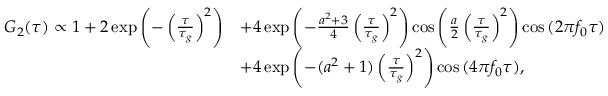
\begin{array} { r l } { G _ { 2 } ( \tau ) \propto 1 + 2 \exp { \left( - \left( \frac { \tau } { \tau _ { g } } \right) ^ { 2 } \right) } } & { + 4 \exp { \left( - \frac { a ^ { 2 } + 3 } { 4 } \left( \frac { \tau } { \tau _ { g } } \right) ^ { 2 } \right) } \cos { \left( \frac { a } { 2 } \left( \frac { \tau } { \tau _ { g } } \right) ^ { 2 } \right) } \cos { ( 2 \pi f _ { 0 } \tau ) } } \\ & { + 4 \exp { \left( - ( a ^ { 2 } + 1 ) \left( \frac { \tau } { \tau _ { g } } \right) ^ { 2 } \right) } \cos { ( 4 \pi f _ { 0 } \tau ) } , } \end{array}